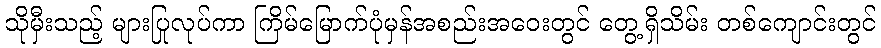
သိုမှီးသည့် များပြုလုပ်ကာ ကြိမ်မြောက်ပုံမှန်အစည်းအဝေးတွင် တွေ့ရှိသိမ်း တစ်ကျောင်းတွင်